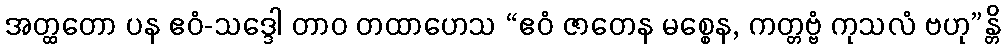
အတ္ထတော ပန ဧဝံ-သဒ္ဒေါ တာဝ တထာဟေသ “ဧဝံ ဇာတေန မစ္စေန, ကတ္တဗ္ဗံ ကုသလံ ဗဟု”န္တိ